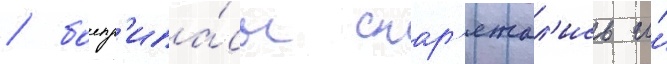
/ боепр'ипа́сы снар'яжал'ись и́